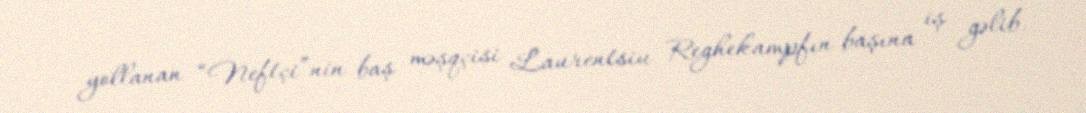
yollanan “Neftçi”nin baş məşqçisi Laurentsiu Reghekampfın başına iş gəlib.